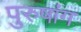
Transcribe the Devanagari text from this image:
पुरुषांग